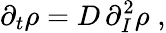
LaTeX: \partial_{t}\rho=D\, \partial_{I}^{2}\rho\; ,